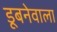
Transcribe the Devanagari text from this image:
डूबनेवाला